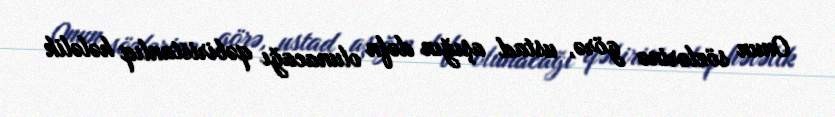
Onun sözlərinə görə, ustad aşığın dəfn olunacağı qəbiristanlıq hələlik